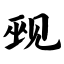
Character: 觋